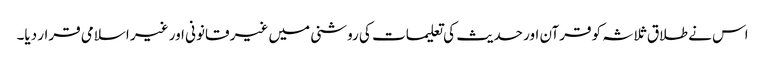
اس نے طلاق ثلاثہ کو قرآن اور حدیث کی تعلیمات کی روشنی میں غیر قانونی اور غیر اسلامی قرار دیا۔